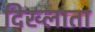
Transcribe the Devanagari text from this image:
दिख्लाता